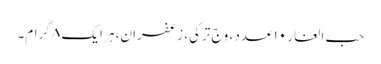
حب الغار ۱۰ عدد ، وَج ترکی، زعفران، ہر ایک ۸ گرام۔